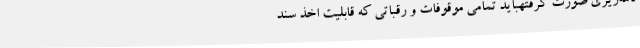
نامه‌ریزی صورت گرفتهباید تمامی موقوفات و رقباتی که قابلیت اخذ سند